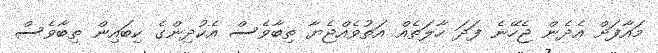
މައާފަށް އެދެން ޖެހޭނެ ފަދަ ހާލަތެއް އަތުވެއްޖެޔާ ތިބާވެސް އެކުދިންގެ ކިބައިން ތިބާވެސް